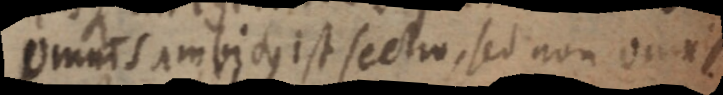
omnis ambitus est sectio, sed non omnis